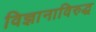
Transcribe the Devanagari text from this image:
विज्ञानाविरुद्ध